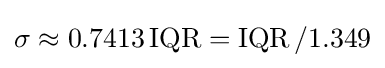
\sigma \approx 0.7413\operatorname {IQR} =\operatorname {IQR} /1.349